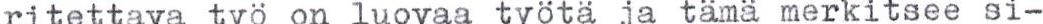
ritettava työ on luovaa työtä ja tämä merkitsee si-